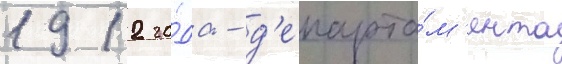
1912 го́да - д'епарта́м'ента